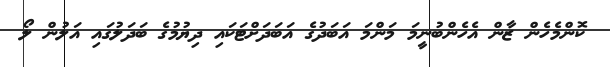
ކޮންމެހެން ޒާން އެހެންބުނީމަ މަންމަ އަބަދުގެ އަބަދަށްޓަކައި ދިޔުމުގެ ބަދަލުގައި އަލުން ލޯ